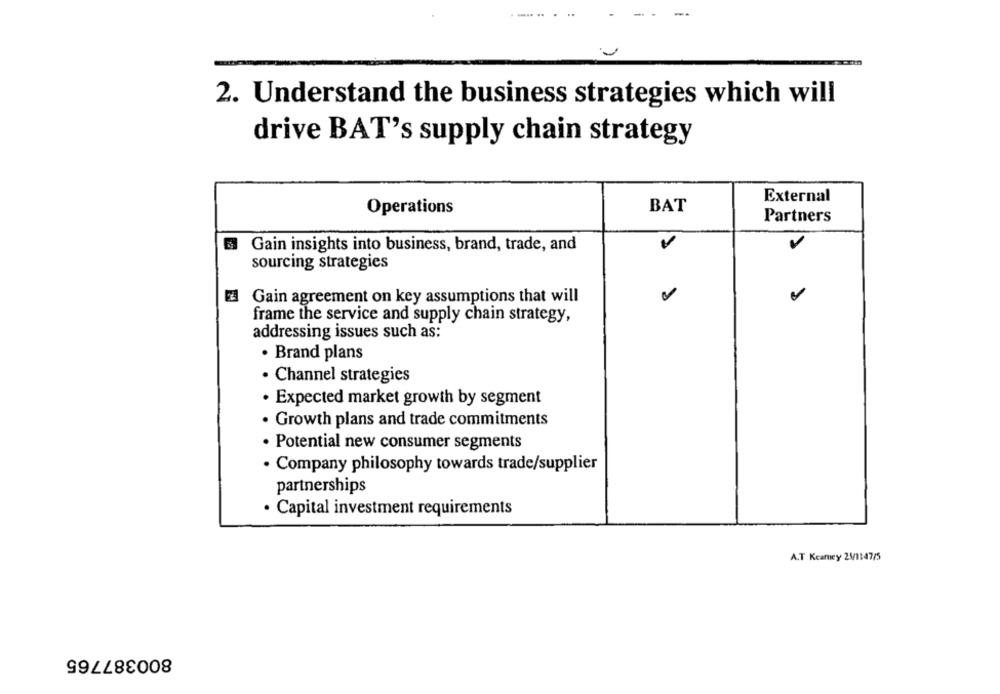
2. Understand the business strategies which will
drive BAT's supply chain strategy
External
BAT
Operations
Partners
Gain insights into business, brand, trade, and
sourcing strategies
Gain agreement on key assumptions that will
frame the service and supply chain strategy,
addressing issues such as:
· Brand plans
· Channel strategies
· Expected market growth by segment
· Growth plans and trade commitments
· Potential new consumer segments
· Company philosophy towards trade/supplier
partnerships
· Capital investment requirements
A.T Kcamey 21/1147/5
800387765